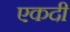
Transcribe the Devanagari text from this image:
एकदी